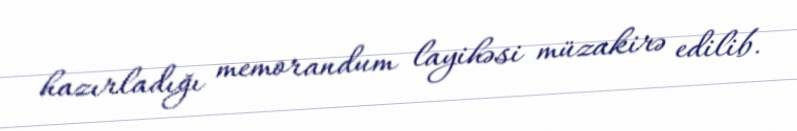
hazırladığı memorandum layihəsi müzakirə edilib.